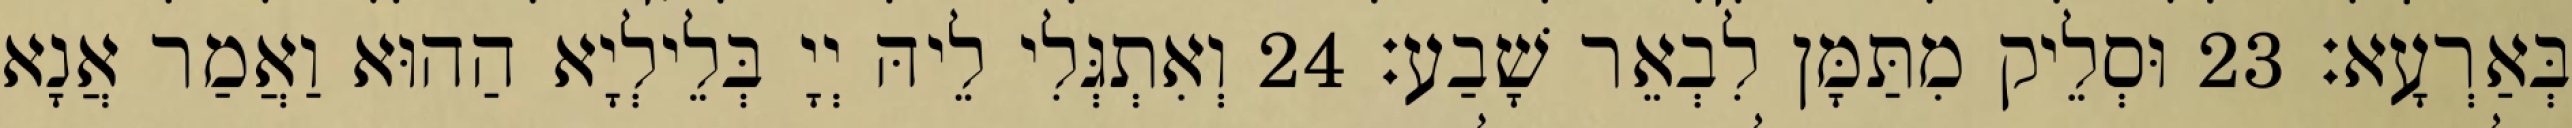
בְּאַרְעָא׃ 23 וּסְלֵיק מִתַּמָּן לִבְאֵר שָׁבַע׃ 24 וְאִתְגְּלִי לֵיהּ יְיָ בְּלֵילְיָא הַהוּא וַאֲמַר אֲנָא